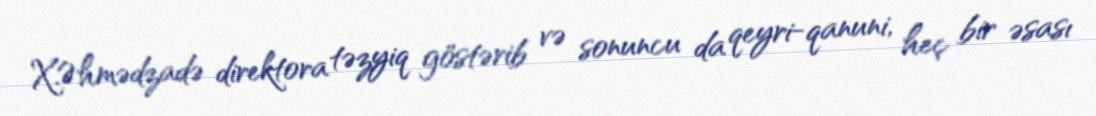
X.Əhmədzadə direktora təzyiq göstərib və sonuncu da qeyri-qanuni, heç bir əsası